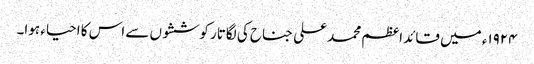
١٩٢۴ء میں قائد اعظم محمد علی جناح کی لگاتار کوششوں سے اس کا احیاء ہوا۔